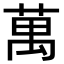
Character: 萬